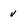
Character: v